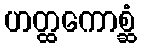
ဟတ္ထကောစ္ဆံ